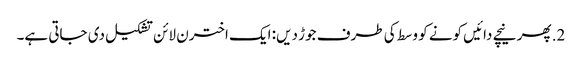
2. پھر نیچے دائیں کونے کو وسط کی طرف جوڑ دیں: ایک اخترن لائن تشکیل دی جاتی ہے۔